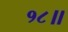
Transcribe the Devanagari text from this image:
१८॥